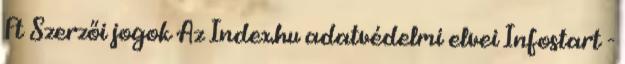
Ft Szerzői jogok Az Index.hu adatvédelmi elvei Infostart -